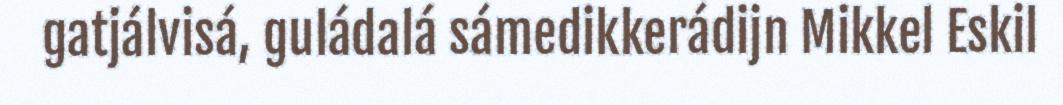
gatjálvisá, guládalá sámedikkerádijn Mikkel Eskil